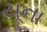
યૂના